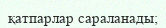
қатпарлар сараланады;